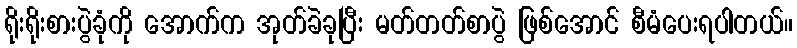
ရိုးရိုးစားပွဲခုံကို အောက်က အုတ်ခဲခုပြီး မတ်တတ်စာပွဲ ဖြစ်အောင် စီမံပေးရပါတယ်။